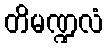
တိမဏ္ဍလံ